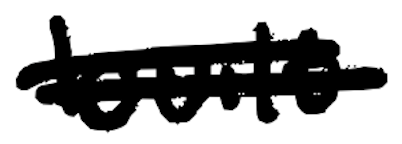
Text: built
Cross-out: mix
Writing tool: digital_black